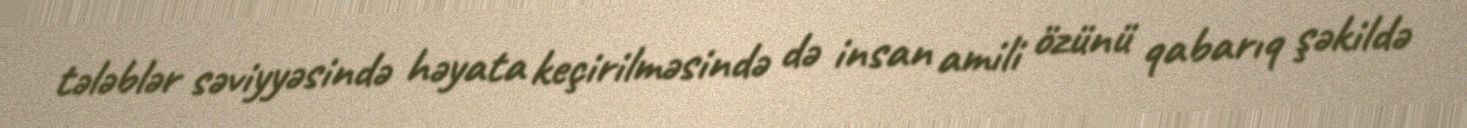
tələblər səviyyəsində həyata keçirilməsində də insan amili özünü qabarıq şəkildə